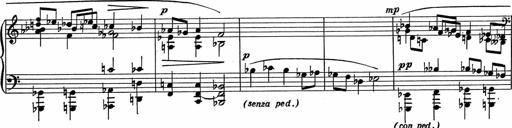
Title: 3Ã¨me Sonatine
Composer: Raffaele d' Alessandro